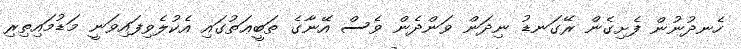
ހެނދުނުން ފެށިގެން ރޭގަނޑު ނިދަން ވަންދެން ވެސް އޭނާގެ ޠަބީޢަތުގައި އެކުލެވިފައިވަނީ މަޑުމައިތިރި